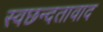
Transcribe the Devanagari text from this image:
स्वछन्दतावाद